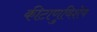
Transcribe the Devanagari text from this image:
कीटाणुविशेष